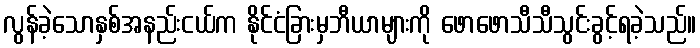
လွန်ခဲ့သောနှစ်အနည်းငယ်က နိုင်ငံခြားမှဘီယာများကို ဖောဖောသီသီသွင်းခွင့်ရခဲ့သည်။